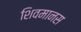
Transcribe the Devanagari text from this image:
शिवमानस